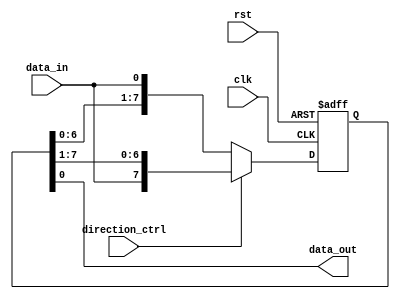
module bidirectional_shift_register (
    input clk,
    input rst,
    input direction_ctrl, // 0 for left shift, 1 for right shift
    input data_in,
    output reg data_out
);

reg [7:0] shift_reg;

always @(posedge clk or posedge rst) begin
    if (rst) begin
        shift_reg <= 8'b0;
    end else begin
        if (direction_ctrl) begin
            shift_reg <= {data_in, shift_reg[7:1]};
        end else begin
            shift_reg <= {shift_reg[6:0], data_in};
        end
    end
end

assign data_out = shift_reg[0];

endmodule